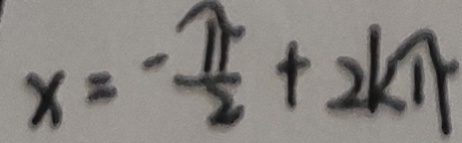
x = - \frac { \pi } { 2 } + 2 k \pi